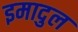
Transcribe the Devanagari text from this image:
इमादुल